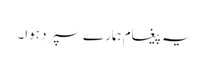
یہ پیغام ہمارے سپرد ہوا۔